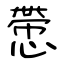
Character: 慸